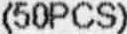
(50PCS)